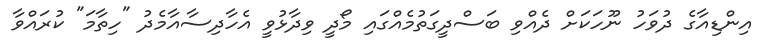
އިންޑިއާގެ ދުވަހު ނޫހަކަށް ދެއްވި ބަސްދީގަތުމެއްގައި މޯދީ ވިދާޅުވީ އެހާދިސާއާމެދު "ހިތާމަ" ކުރައްވާ